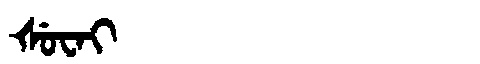
Manchu: ᡧᡠᠸᠠᡳ
Romanization: ŠUWAI